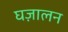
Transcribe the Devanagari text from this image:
घज़ालन